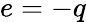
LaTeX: e=-q